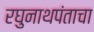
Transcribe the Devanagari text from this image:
रघुनाथपंताचा